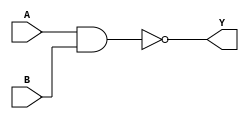
module NAND_Gate_Delay (
    input wire A,
    input wire B,
    output reg Y
);

parameter DELAY = 10; // Delay in simulation time units

always @(A or B)
begin
    #DELAY Y = ~(A & B);
end

endmodule